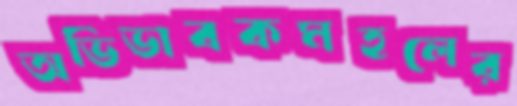
অভিভাবকমহলের